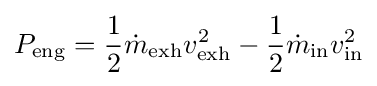
P_{\mathrm {eng} }={\frac {1}{2}}{\dot {m}}_{\mathrm {exh} }v_{\mathrm {exh} }^{2}-{\frac {1}{2}}{\dot {m}}_{\mathrm {in} }v_{\mathrm {in} }^{2}